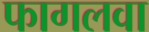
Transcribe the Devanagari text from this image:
फागलवा